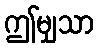
ဤမျှသာ